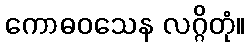
ကောဓဝသေန လဂ္ဂိတုံ။